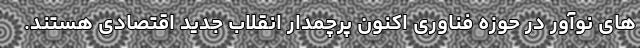
های نوآور در حوزه فناوری اکنون پرچمدار انقلاب جدید اقتصادی هستند.